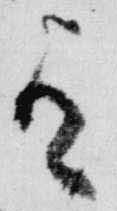
有